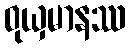
ဝုယှမာနဿ